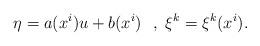
LaTeX: \begin{align*}\eta =a(x^{i})u+b(x^{i})~~,~\xi ^{k}=\xi ^{k}(x^{i}). \end{align*}